Document type: Sale
Year: 1435
Scribe: Pere Soler
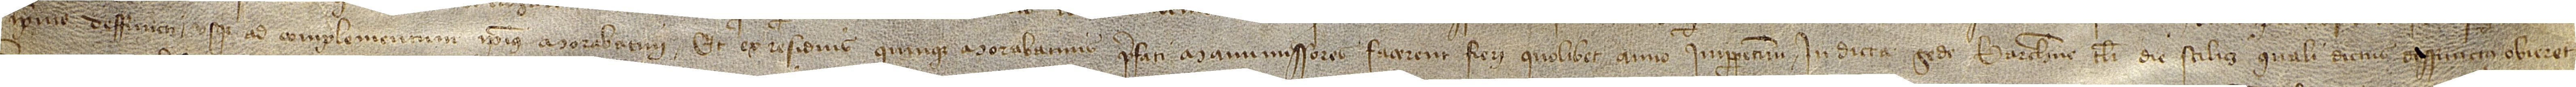
ipsius deffuncti usque ad complementum ipsius morabatini. Et ex residuis quinque morabatinis prefati manumissores facerent fieri quolibet anno imperpetuum in dicta Sede Barchinone tituli die scilicet quali dictus deffunctus obieret